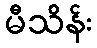
မီသိန်း